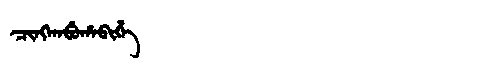
Manchu: ᠴᡳᠩᡴᠠᠪᡠᡥᠠᠪᡳᡥᡝ
Romanization: CINGKABUHABIHE